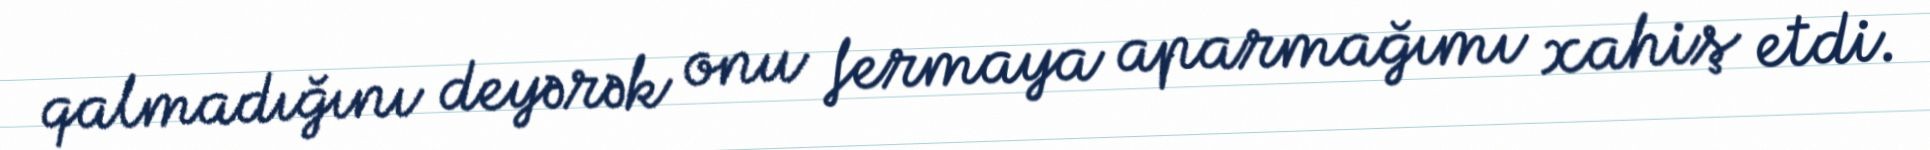
qalmadığını deyərək onu fermaya aparmağımı xahiş etdi.